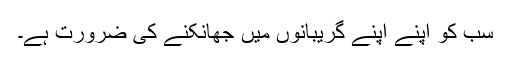
سب کو اپنے اپنے گریبانوں میں جھانکنے کی ضرورت ہے۔